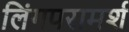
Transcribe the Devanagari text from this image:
लिंगपरामर्श